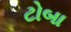
ટોબા